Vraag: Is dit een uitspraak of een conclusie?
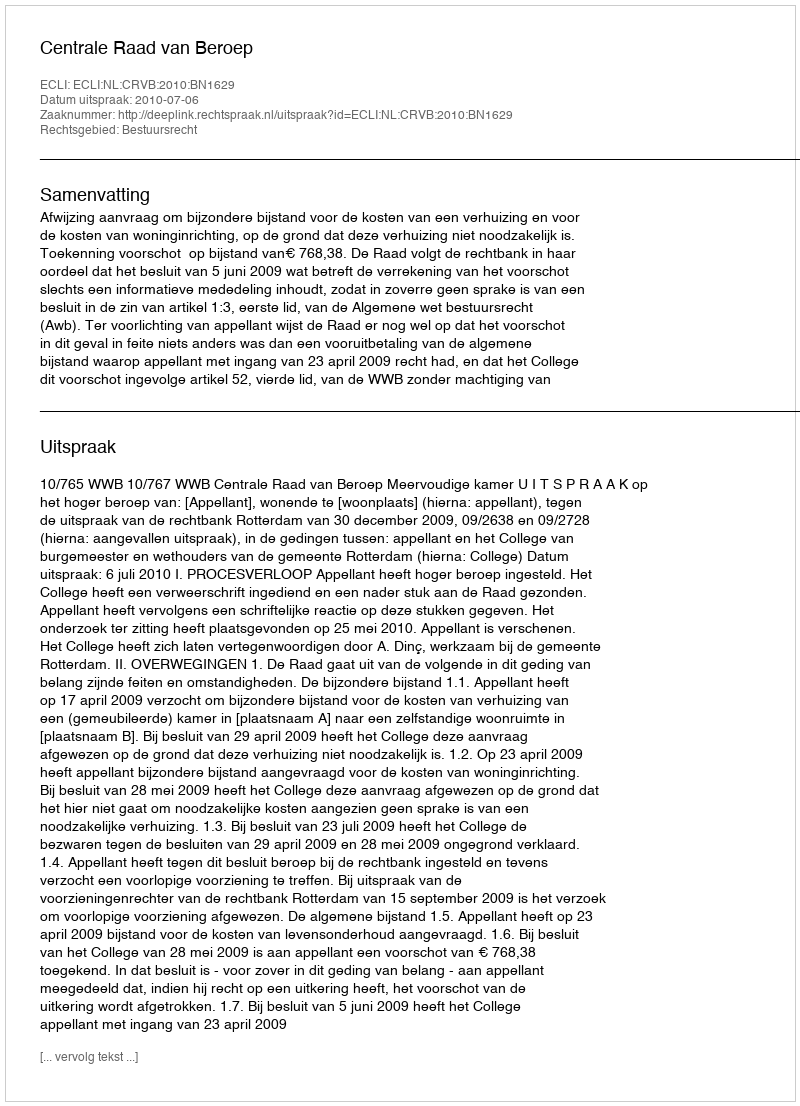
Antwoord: Uitspraak